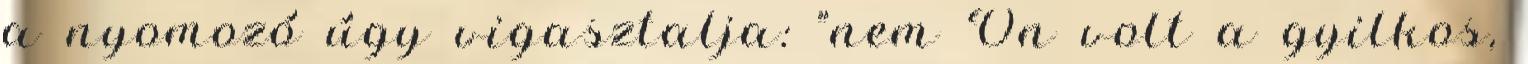
a nyomozó úgy vigasztalja: "nem Ön volt a gyilkos,